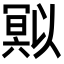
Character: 𭂄